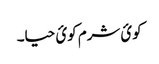
کوئ شرم کوئ حیا۔